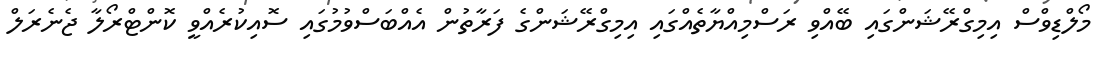
މޯލްޑިވްސް އިމިގްރޭޝަންގައި ބޭއްވި ރަސްމިއްޔާތެއްގައި އިމިގްރޭޝަންގެ ފަރާތުން އެއްބަސްވުމުގައި ސޮއިކުރެއްވީ ކޮންޓްރޯލާ ޖެނެރަލް